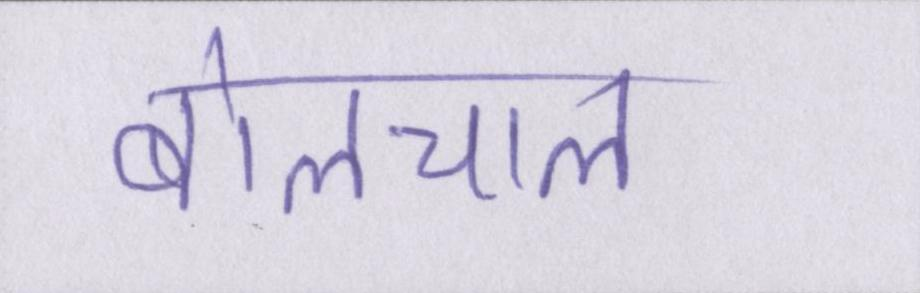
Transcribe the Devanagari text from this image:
बोलचाल